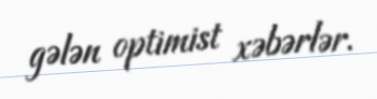
gələn optimist xəbərlər.